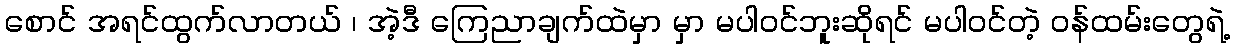
စောင် အရင်ထွက်လာတယ် ၊ အဲ့ဒီ ကြေညာချက်ထဲမှာ မှာ မပါဝင်ဘူးဆိုရင် မပါဝင်တဲ့ ဝန်ထမ်းတွေရဲ့